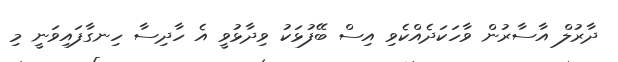
ދާރުލް އާސާރުން ވާހަކަދެއްކެވި އިސް ބޭފުޅަކު ވިދާޅުވީ އެ ހާދިސާ ހިނގާފައިވަނީ މި